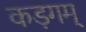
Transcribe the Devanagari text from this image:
कड़गम्‌